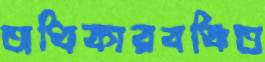
অধিকারবঞ্চিত